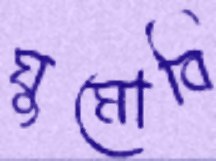
ঘুমোবি